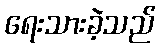
ရေးသားခဲ့သည်